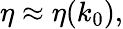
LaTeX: \begin{array}{r}{\eta\approx\eta(k_{0}),}\end{array}